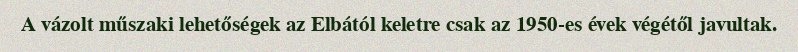
A vázolt műszaki lehetőségek az Elbától keletre csak az 1950-es évek végétől javultak.